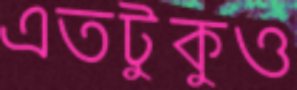
এতটুকুও